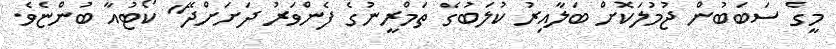
މީގެ ސަބަބުން ޖުމުލަކޮށް ބަލާއިރު ކުލަބުގެ ތަމްރީނުގެ ފެންވަރު ދަށަށްދޭ" ކޯޓުއާ ބުންޏެވެ.